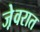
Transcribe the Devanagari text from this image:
जे़वरात